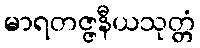
မာရတဇ္ဇနီယသုတ္တံ